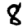
Digit: 8